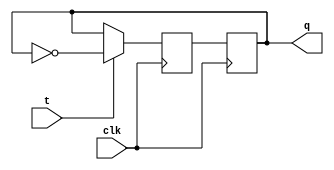
module t_flip_flop (
    input clk,
    input t,
    output reg q
);

reg q_bar;
reg d;

always @ (posedge clk) begin
    if (t) begin
        d <= ~q;
    end else begin
        d <= q;
    end
end

always @ (posedge clk) begin
    q <= d;
end

endmodule